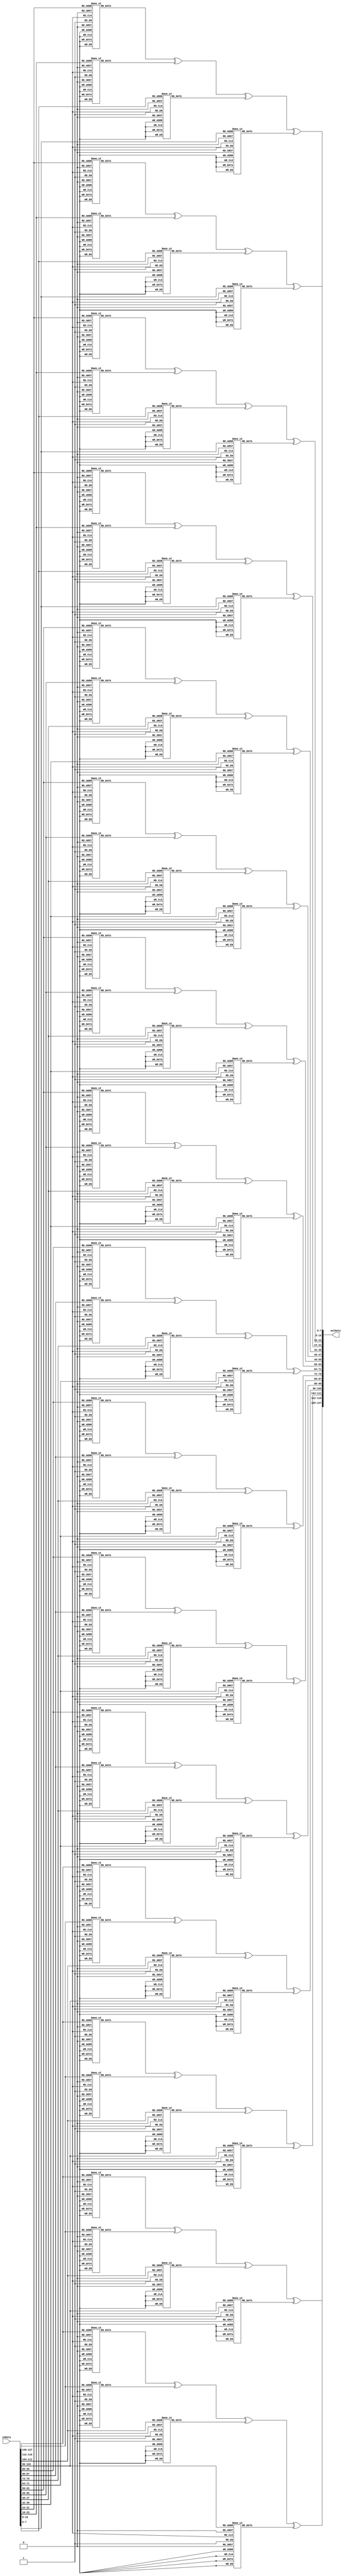
`timescale 1ns / 1ps
//////////////////////////////////////////////////////////////////////////////////
// 
// Module Name:  InvMixColumns
// Project Name: AES128
//
// Revision: 
// Revision 0.01 - File Created
// Additional Comments: 
//
//Step 1) Takes input of an 128 bit number, inData
//Step 2) Performs matrix multiplication with the inverse matrix counterpart to MixColumns
//Step 3) Calls the mult functio when the matrices are expanded, as we need to account for 
//Step 4) Returns it as outData
//////////////////////////////////////////////////////////////////////////////////
module InvMixColumns(
	 input [127:0] inData,
	 output [127:0] outData
    );
	 
	 wire [7:0] s0,s1,s2,s3,s4,s5,s6,s7,s8,s9,s10,s11,s12,s13,s14,s15;
	 reg [7:0] t0,t1,t2,t3,t4,t5,t6,t7,t8,t9,t10,t11,t12,t13,t14,t15;
	 
	 //assigning variables to inputs
	 assign s0 = inData[7:0];
	 assign s1 = inData[15:8];
	 assign s2 = inData[23:16];
	 assign s3 = inData[31:24];
	 assign s4 = inData[39:32];
	 assign s5 = inData[47:40];
	 assign s6 = inData[55:48];
	 assign s7 = inData[63:56];
	 assign s8 = inData[71:64];
	 assign s9 = inData[79:72];
	 assign s10 = inData[87:80];
	 assign s11 = inData[95:88];
	 assign s12 = inData[103:96];
	 assign s13 = inData[111:104];
	 assign s14 = inData[119:112];
	 assign s15 = inData[127:120];
	 
	 
	 //Step 2
	 //Performs matrix multiplication with the inverse matrix counterpart to MixColumns
	 always @(*)
	 begin
		  t15 = decmult(s15,14) ^ decmult(s14,11) ^ decmult(s13,13) ^ decmult(s12,9);
		  t14 = decmult(s15,9) ^ decmult(s14,14) ^ decmult(s13,11) ^ decmult(s12,13);
		  t13 = decmult(s15,13) ^ decmult(s14,9) ^ decmult(s13,14) ^ decmult(s12,11);
		  t12 = decmult(s15,11) ^ decmult(s14,13) ^ decmult(s13,9) ^ decmult(s12,14);
		  
		  t11 = decmult(s11,14) ^ decmult(s10,11) ^ decmult(s9,13) ^ decmult(s8,9);
		  t10 = decmult(s11,9) ^ decmult(s10,14) ^ decmult(s9,11) ^ decmult(s8,13);
		  t9 = decmult(s11,13) ^ decmult(s10,9) ^ decmult(s9,14) ^ decmult(s8,11);
		  t8 = decmult(s11,11) ^ decmult(s10,13) ^ decmult(s9,9) ^ decmult(s8,14);
		  
		  t7 = decmult(s7,14) ^ decmult(s6,11) ^ decmult(s5,13) ^ decmult(s4,9);
		  t6 = decmult(s7,9) ^ decmult(s6,14) ^ decmult(s5,11) ^ decmult(s4,13);
		  t5 = decmult(s7,13) ^ decmult(s6,9) ^ decmult(s5,14) ^ decmult(s4,11);
		  t4 = decmult(s7,11) ^ decmult(s6,13) ^ decmult(s5,9) ^ decmult(s4,14);
		  
		  t3 = decmult(s3,14) ^ decmult(s2,11) ^ decmult(s1,13) ^ decmult(s0,9);
		  t2 = decmult(s3,9) ^ decmult(s2,14) ^ decmult(s1,11) ^ decmult(s0,13);
		  t1 = decmult(s3,13) ^ decmult(s2,9) ^ decmult(s1,14) ^ decmult(s0,11);
		  t0 = decmult(s3,11) ^ decmult(s2,13) ^ decmult(s1,9) ^ decmult(s0,14);
	 end
	 
	 //assigns the individual t variables to the output variable
	 assign outData[7:0] = t0;
	 assign outData[15:8] = t1;
	 assign outData[23:16] = t2;
	 assign outData[31:24] = t3;
	 assign outData[39:32] = t4;
	 assign outData[47:40] = t5;
	 assign outData[55:48] = t6;
	 assign outData[63:56] = t7;
	 assign outData[71:64] = t8;
	 assign outData[79:72] = t9;
	 assign outData[87:80] = t10;
	 assign outData[95:88] = t11;
	 assign outData[103:96] = t12;
	 assign outData[111:104] = t13;
	 assign outData[119:112] = t14;
	 assign outData[127:120] = t15;
	 
	 //we utilise long case statements in functions to perform the matrix multiplications as the calculations would take signifcantly more calculations
	 function [7:0] decmult(input[7:0] num1,num2);
		  case(num2)
				8'h09: decmult=decmult_9(num1);
				8'h0b: decmult=decmult_11(num1);
				8'h0d: decmult=decmult_13(num1);
				8'h0e: decmult=decmult_14(num1);
		  endcase
	 endfunction
	 
	 //function holding case statement multiply by 9
	 function [7:0] decmult_9(input [7:0] num);
		  case (num)
				8'h00: decmult_9 = 8'h00;
				8'h01: decmult_9 = 8'h09;
				8'h02: decmult_9 = 8'h12;
				8'h03: decmult_9 = 8'h1B;
				8'h04: decmult_9 = 8'h24;
				8'h05: decmult_9 = 8'h2D;
				8'h06: decmult_9 = 8'h36;
				8'h07: decmult_9 = 8'h3F;
				8'h08: decmult_9 = 8'h48;
				8'h09: decmult_9 = 8'h41;
				8'h0A: decmult_9 = 8'h5A;
				8'h0B: decmult_9 = 8'h53;
				8'h0C: decmult_9 = 8'h6C;
				8'h0D: decmult_9 = 8'h65;
				8'h0E: decmult_9 = 8'h7E;
				8'h0F: decmult_9 = 8'h77;
				8'h10: decmult_9 = 8'h90;
				8'h11: decmult_9 = 8'h99;
				8'h12: decmult_9 = 8'h82;
				8'h13: decmult_9 = 8'h8B;
				8'h14: decmult_9 = 8'hB4;
				8'h15: decmult_9 = 8'hBD;
				8'h16: decmult_9 = 8'hA6;
				8'h17: decmult_9 = 8'hAF;
				8'h18: decmult_9 = 8'hD8;
				8'h19: decmult_9 = 8'hD1;
				8'h1A: decmult_9 = 8'hCA;
				8'h1B: decmult_9 = 8'hC3;
				8'h1C: decmult_9 = 8'hFC;
				8'h1D: decmult_9 = 8'hF5;
				8'h1E: decmult_9 = 8'hEE;
				8'h1F: decmult_9 = 8'hE7;
				8'h20: decmult_9 = 8'h3B;
				8'h21: decmult_9 = 8'h32;
				8'h22: decmult_9 = 8'h29;
				8'h23: decmult_9 = 8'h20;
				8'h24: decmult_9 = 8'h1F;
				8'h25: decmult_9 = 8'h16;
				8'h26: decmult_9 = 8'h0D;
				8'h27: decmult_9 = 8'h04;
				8'h28: decmult_9 = 8'h73;
				8'h29: decmult_9 = 8'h7A;
				8'h2A: decmult_9 = 8'h61;
				8'h2B: decmult_9 = 8'h68;
				8'h2C: decmult_9 = 8'h57;
				8'h2D: decmult_9 = 8'h5E;
				8'h2E: decmult_9 = 8'h45;
				8'h2F: decmult_9 = 8'h4C;
				8'h30: decmult_9 = 8'hAB;
				8'h31: decmult_9 = 8'hA2;
				8'h32: decmult_9 = 8'hB9;
				8'h33: decmult_9 = 8'hB0;
				8'h34: decmult_9 = 8'h8F;
				8'h35: decmult_9 = 8'h86;
				8'h36: decmult_9 = 8'h9D;
				8'h37: decmult_9 = 8'h94;
				8'h38: decmult_9 = 8'hE3;
				8'h39: decmult_9 = 8'hEA;
				8'h3A: decmult_9 = 8'hF1;
				8'h3B: decmult_9 = 8'hF8;
				8'h3C: decmult_9 = 8'hC7;
				8'h3D: decmult_9 = 8'hCE;
				8'h3E: decmult_9 = 8'hD5;
				8'h3F: decmult_9 = 8'hDC;
				8'h40: decmult_9 = 8'h76;
				8'h41: decmult_9 = 8'h7F;
				8'h42: decmult_9 = 8'h64;
				8'h43: decmult_9 = 8'h6D;
				8'h44: decmult_9 = 8'h52;
				8'h45: decmult_9 = 8'h5B;
				8'h46: decmult_9 = 8'h40;
				8'h47: decmult_9 = 8'h49;
				8'h48: decmult_9 = 8'h3E;
				8'h49: decmult_9 = 8'h37;
				8'h4A: decmult_9 = 8'h2C;
				8'h4B: decmult_9 = 8'h25;
				8'h4C: decmult_9 = 8'h1A;
				8'h4D: decmult_9 = 8'h13;
				8'h4E: decmult_9 = 8'h08;
				8'h4F: decmult_9 = 8'h01;
				8'h50: decmult_9 = 8'hE6;
				8'h51: decmult_9 = 8'hEF;
				8'h52: decmult_9 = 8'hF4;
				8'h53: decmult_9 = 8'hFD;
				8'h54: decmult_9 = 8'hC2;
				8'h55: decmult_9 = 8'hCB;
				8'h56: decmult_9 = 8'hD0;
				8'h57: decmult_9 = 8'hD9;
				8'h58: decmult_9 = 8'hAE;
				8'h59: decmult_9 = 8'hA7;
				8'h5A: decmult_9 = 8'hBC;
				8'h5B: decmult_9 = 8'hB5;
				8'h5C: decmult_9 = 8'h8A;
				8'h5D: decmult_9 = 8'h83;
				8'h5E: decmult_9 = 8'h98;
				8'h5F: decmult_9 = 8'h91;
				8'h60: decmult_9 = 8'h4D;
				8'h61: decmult_9 = 8'h44;
				8'h62: decmult_9 = 8'h5F;
				8'h63: decmult_9 = 8'h56;
				8'h64: decmult_9 = 8'h69;
				8'h65: decmult_9 = 8'h60;
				8'h66: decmult_9 = 8'h7B;
				8'h67: decmult_9 = 8'h72;
				8'h68: decmult_9 = 8'h05;
				8'h69: decmult_9 = 8'h0C;
				8'h6A: decmult_9 = 8'h17;
				8'h6B: decmult_9 = 8'h1E;
				8'h6C: decmult_9 = 8'h21;
				8'h6D: decmult_9 = 8'h28;
				8'h6E: decmult_9 = 8'h33;
				8'h6F: decmult_9 = 8'h3A;
				8'h70: decmult_9 = 8'hDD;
				8'h71: decmult_9 = 8'hD4;
				8'h72: decmult_9 = 8'hCF;
				8'h73: decmult_9 = 8'hC6;
				8'h74: decmult_9 = 8'hF9;
				8'h75: decmult_9 = 8'hF0;
				8'h76: decmult_9 = 8'hEB;
				8'h77: decmult_9 = 8'hE2;
				8'h78: decmult_9 = 8'h95;
				8'h79: decmult_9 = 8'h9C;
				8'h7A: decmult_9 = 8'h87;
				8'h7B: decmult_9 = 8'h8E;
				8'h7C: decmult_9 = 8'hB1;
				8'h7D: decmult_9 = 8'hB8;
				8'h7E: decmult_9 = 8'hA3;
				8'h7F: decmult_9 = 8'hAA;
				8'h80: decmult_9 = 8'hEC;
				8'h81: decmult_9 = 8'hE5;
				8'h82: decmult_9 = 8'hFE;
				8'h83: decmult_9 = 8'hF7;
				8'h84: decmult_9 = 8'hC8;
				8'h85: decmult_9 = 8'hC1;
				8'h86: decmult_9 = 8'hDA;
				8'h87: decmult_9 = 8'hD3;
				8'h88: decmult_9 = 8'hA4;
				8'h89: decmult_9 = 8'hAD;
				8'h8A: decmult_9 = 8'hB6;
				8'h8B: decmult_9 = 8'hBF;
				8'h8C: decmult_9 = 8'h80;
				8'h8D: decmult_9 = 8'h89;
				8'h8E: decmult_9 = 8'h92;
				8'h8F: decmult_9 = 8'h9B;
				8'h90: decmult_9 = 8'h7C;
				8'h91: decmult_9 = 8'h75;
				8'h92: decmult_9 = 8'h6E;
				8'h93: decmult_9 = 8'h67;
				8'h94: decmult_9 = 8'h58;
				8'h95: decmult_9 = 8'h51;
				8'h96: decmult_9 = 8'h4A;
				8'h97: decmult_9 = 8'h43;
				8'h98: decmult_9 = 8'h34;
				8'h99: decmult_9 = 8'h3D;
				8'h9A: decmult_9 = 8'h26;
				8'h9B: decmult_9 = 8'h2F;
				8'h9C: decmult_9 = 8'h10;
				8'h9D: decmult_9 = 8'h19;
				8'h9E: decmult_9 = 8'h02;
				8'h9F: decmult_9 = 8'h0B;
				8'hA0: decmult_9 = 8'hD7;
				8'hA1: decmult_9 = 8'hDE;
				8'hA2: decmult_9 = 8'hC5;
				8'hA3: decmult_9 = 8'hCC;
				8'hA4: decmult_9 = 8'hF3;
				8'hA5: decmult_9 = 8'hFA;
				8'hA6: decmult_9 = 8'hE1;
				8'hA7: decmult_9 = 8'hE8;
				8'hA8: decmult_9 = 8'h9F;
				8'hA9: decmult_9 = 8'h96;
				8'hAA: decmult_9 = 8'h8D;
				8'hAB: decmult_9 = 8'h84;
				8'hAC: decmult_9 = 8'hBB;
				8'hAD: decmult_9 = 8'hB2;
				8'hAE: decmult_9 = 8'hA9;
				8'hAF: decmult_9 = 8'hA0;
				8'hB0: decmult_9 = 8'h47;
				8'hB1: decmult_9 = 8'h4E;
				8'hB2: decmult_9 = 8'h55;
				8'hB3: decmult_9 = 8'h5C;
				8'hB4: decmult_9 = 8'h63;
				8'hB5: decmult_9 = 8'h6A;
				8'hB6: decmult_9 = 8'h71;
				8'hB7: decmult_9 = 8'h78;
				8'hB8: decmult_9 = 8'h0F;
				8'hB9: decmult_9 = 8'h06;
				8'hBA: decmult_9 = 8'h1D;
				8'hBB: decmult_9 = 8'h14;
				8'hBC: decmult_9 = 8'h2B;
				8'hBD: decmult_9 = 8'h22;
				8'hBE: decmult_9 = 8'h39;
				8'hBF: decmult_9 = 8'h30;
				8'hC0: decmult_9 = 8'h9A;
				8'hC1: decmult_9 = 8'h93;
				8'hC2: decmult_9 = 8'h88;
				8'hC3: decmult_9 = 8'h81;
				8'hC4: decmult_9 = 8'hBE;
				8'hC5: decmult_9 = 8'hB7;
				8'hC6: decmult_9 = 8'hAC;
				8'hC7: decmult_9 = 8'hA5;
				8'hC8: decmult_9 = 8'hD2;
				8'hC9: decmult_9 = 8'hDB;
				8'hCA: decmult_9 = 8'hC0;
				8'hCB: decmult_9 = 8'hC9;
				8'hCC: decmult_9 = 8'hF6;
				8'hCD: decmult_9 = 8'hFF;
				8'hCE: decmult_9 = 8'hE4;
				8'hCF: decmult_9 = 8'hED;
				8'hD0: decmult_9 = 8'h0A;
				8'hD1: decmult_9 = 8'h03;
				8'hD2: decmult_9 = 8'h18;
				8'hD3: decmult_9 = 8'h11;
				8'hD4: decmult_9 = 8'h2E;
				8'hD5: decmult_9 = 8'h27;
				8'hD6: decmult_9 = 8'h3C;
				8'hD7: decmult_9 = 8'h35;
				8'hD8: decmult_9 = 8'h42;
				8'hD9: decmult_9 = 8'h4B;
				8'hDA: decmult_9 = 8'h50;
				8'hDB: decmult_9 = 8'h59;
				8'hDC: decmult_9 = 8'h66;
				8'hDD: decmult_9 = 8'h6F;
				8'hDE: decmult_9 = 8'h74;
				8'hDF: decmult_9 = 8'h7D;
				8'hE0: decmult_9 = 8'hA1;
				8'hE1: decmult_9 = 8'hA8;
				8'hE2: decmult_9 = 8'hB3;
				8'hE3: decmult_9 = 8'hBA;
				8'hE4: decmult_9 = 8'h85;
				8'hE5: decmult_9 = 8'h8C;
				8'hE6: decmult_9 = 8'h97;
				8'hE7: decmult_9 = 8'h9E;
				8'hE8: decmult_9 = 8'hE9;
				8'hE9: decmult_9 = 8'hE0;
				8'hEA: decmult_9 = 8'hFB;
				8'hEB: decmult_9 = 8'hF2;
				8'hEC: decmult_9 = 8'hCD;
				8'hED: decmult_9 = 8'hC4;
				8'hEE: decmult_9 = 8'hDF;
				8'hEF: decmult_9 = 8'hD6;
				8'hF0: decmult_9 = 8'h31;
				8'hF1: decmult_9 = 8'h38;
				8'hF2: decmult_9 = 8'h23;
				8'hF3: decmult_9 = 8'h2A;
				8'hF4: decmult_9 = 8'h15;
				8'hF5: decmult_9 = 8'h1C;
				8'hF6: decmult_9 = 8'h07;
				8'hF7: decmult_9 = 8'h0E;
				8'hF8: decmult_9 = 8'h79;
				8'hF9: decmult_9 = 8'h70;
				8'hFA: decmult_9 = 8'h6B;
				8'hFB: decmult_9 = 8'h62;
				8'hFC: decmult_9 = 8'h5D;
				8'hFD: decmult_9 = 8'h54;
				8'hFE: decmult_9 = 8'h4F;
				8'hFF: decmult_9 = 8'h46;
		  endcase
	 endfunction
	 
	 //function holding case statement multiply by 11
	 function [7:0] decmult_11(input [7:0] num);
		  case (num)
				8'h00: decmult_11 = 8'h00;
				8'h01: decmult_11 = 8'h0B;
				8'h02: decmult_11 = 8'h16;
				8'h03: decmult_11 = 8'h1D;
				8'h04: decmult_11 = 8'h2C;
				8'h05: decmult_11 = 8'h27;
				8'h06: decmult_11 = 8'h3A;
				8'h07: decmult_11 = 8'h31;
				8'h08: decmult_11 = 8'h58;
				8'h09: decmult_11 = 8'h53;
				8'h0A: decmult_11 = 8'h4E;
				8'h0B: decmult_11 = 8'h45;
				8'h0C: decmult_11 = 8'h74;
				8'h0D: decmult_11 = 8'h7F;
				8'h0E: decmult_11 = 8'h62;
				8'h0F: decmult_11 = 8'h69;
				8'h10: decmult_11 = 8'hB0;
				8'h11: decmult_11 = 8'hBB;
				8'h12: decmult_11 = 8'hA6;
				8'h13: decmult_11 = 8'hAD;
				8'h14: decmult_11 = 8'h9C;
				8'h15: decmult_11 = 8'h97;
				8'h16: decmult_11 = 8'h8A;
				8'h17: decmult_11 = 8'h81;
				8'h18: decmult_11 = 8'hE8;
				8'h19: decmult_11 = 8'hE3;
				8'h1A: decmult_11 = 8'hFE;
				8'h1B: decmult_11 = 8'hF5;
				8'h1C: decmult_11 = 8'hC4;
				8'h1D: decmult_11 = 8'hCF;
				8'h1E: decmult_11 = 8'hD2;
				8'h1F: decmult_11 = 8'hD9;
				8'h20: decmult_11 = 8'h7B;
				8'h21: decmult_11 = 8'h70;
				8'h22: decmult_11 = 8'h6D;
				8'h23: decmult_11 = 8'h66;
				8'h24: decmult_11 = 8'h57;
				8'h25: decmult_11 = 8'h5C;
				8'h26: decmult_11 = 8'h41;
				8'h27: decmult_11 = 8'h4A;
				8'h28: decmult_11 = 8'h23;
				8'h29: decmult_11 = 8'h28;
				8'h2A: decmult_11 = 8'h35;
				8'h2B: decmult_11 = 8'h3E;
				8'h2C: decmult_11 = 8'h0F;
				8'h2D: decmult_11 = 8'h04;
				8'h2E: decmult_11 = 8'h19;
				8'h2F: decmult_11 = 8'h12;
				8'h30: decmult_11 = 8'hCB;
				8'h31: decmult_11 = 8'hC0;
				8'h32: decmult_11 = 8'hDD;
				8'h33: decmult_11 = 8'hD6;
				8'h34: decmult_11 = 8'hE7;
				8'h35: decmult_11 = 8'hEC;
				8'h36: decmult_11 = 8'hF1;
				8'h37: decmult_11 = 8'hFA;
				8'h38: decmult_11 = 8'h93;
				8'h39: decmult_11 = 8'h98;
				8'h3A: decmult_11 = 8'h85;
				8'h3B: decmult_11 = 8'h8E;
				8'h3C: decmult_11 = 8'hBF;
				8'h3D: decmult_11 = 8'hB4;
				8'h3E: decmult_11 = 8'hA9;
				8'h3F: decmult_11 = 8'hA2;
				8'h40: decmult_11 = 8'hF6;
				8'h41: decmult_11 = 8'hFD;
				8'h42: decmult_11 = 8'hE0;
				8'h43: decmult_11 = 8'hEB;
				8'h44: decmult_11 = 8'hDA;
				8'h45: decmult_11 = 8'hD1;
				8'h46: decmult_11 = 8'hCC;
				8'h47: decmult_11 = 8'hC7;
				8'h48: decmult_11 = 8'hAE;
				8'h49: decmult_11 = 8'hA5;
				8'h4A: decmult_11 = 8'hB8;
				8'h4B: decmult_11 = 8'hB3;
				8'h4C: decmult_11 = 8'h82;
				8'h4D: decmult_11 = 8'h89;
				8'h4E: decmult_11 = 8'h94;
				8'h4F: decmult_11 = 8'h9F;
				8'h50: decmult_11 = 8'h46;
				8'h51: decmult_11 = 8'h4D;
				8'h52: decmult_11 = 8'h50;
				8'h53: decmult_11 = 8'h5B;
				8'h54: decmult_11 = 8'h6A;
				8'h55: decmult_11 = 8'h61;
				8'h56: decmult_11 = 8'h7C;
				8'h57: decmult_11 = 8'h77;
				8'h58: decmult_11 = 8'h1E;
				8'h59: decmult_11 = 8'h15;
				8'h5A: decmult_11 = 8'h08;
				8'h5B: decmult_11 = 8'h03;
				8'h5C: decmult_11 = 8'h32;
				8'h5D: decmult_11 = 8'h39;
				8'h5E: decmult_11 = 8'h24;
				8'h5F: decmult_11 = 8'h2F;
				8'h60: decmult_11 = 8'h8D;
				8'h61: decmult_11 = 8'h86;
				8'h62: decmult_11 = 8'h9B;
				8'h63: decmult_11 = 8'h90;
				8'h64: decmult_11 = 8'hA1;
				8'h65: decmult_11 = 8'hAA;
				8'h66: decmult_11 = 8'hB7;
				8'h67: decmult_11 = 8'hBC;
				8'h68: decmult_11 = 8'hD5;
				8'h69: decmult_11 = 8'hDE;
				8'h6A: decmult_11 = 8'hC3;
				8'h6B: decmult_11 = 8'hC8;
				8'h6C: decmult_11 = 8'hF9;
				8'h6D: decmult_11 = 8'hF2;
				8'h6E: decmult_11 = 8'hEF;
				8'h6F: decmult_11 = 8'hE4;
				8'h70: decmult_11 = 8'h3D;
				8'h71: decmult_11 = 8'h36;
				8'h72: decmult_11 = 8'h2B;
				8'h73: decmult_11 = 8'h20;
				8'h74: decmult_11 = 8'h11;
				8'h75: decmult_11 = 8'h1A;
				8'h76: decmult_11 = 8'h07;
				8'h77: decmult_11 = 8'h0C;
				8'h78: decmult_11 = 8'h65;
				8'h79: decmult_11 = 8'h6E;
				8'h7A: decmult_11 = 8'h73;
				8'h7B: decmult_11 = 8'h78;
				8'h7C: decmult_11 = 8'h49;
				8'h7D: decmult_11 = 8'h42;
				8'h7E: decmult_11 = 8'h5F;
				8'h7F: decmult_11 = 8'h54;
				8'h80: decmult_11 = 8'hF7;
				8'h81: decmult_11 = 8'hFC;
				8'h82: decmult_11 = 8'hE1;
				8'h83: decmult_11 = 8'hEA;
				8'h84: decmult_11 = 8'hDB;
				8'h85: decmult_11 = 8'hD0;
				8'h86: decmult_11 = 8'hCD;
				8'h87: decmult_11 = 8'hC6;
				8'h88: decmult_11 = 8'hAF;
				8'h89: decmult_11 = 8'hA4;
				8'h8A: decmult_11 = 8'hB9;
				8'h8B: decmult_11 = 8'hB2;
				8'h8C: decmult_11 = 8'h83;
				8'h8D: decmult_11 = 8'h88;
				8'h8E: decmult_11 = 8'h95;
				8'h8F: decmult_11 = 8'h9E;
				8'h90: decmult_11 = 8'h47;
				8'h91: decmult_11 = 8'h4C;
				8'h92: decmult_11 = 8'h51;
				8'h93: decmult_11 = 8'h5A;
				8'h94: decmult_11 = 8'h6B;
				8'h95: decmult_11 = 8'h60;
				8'h96: decmult_11 = 8'h7D;
				8'h97: decmult_11 = 8'h76;
				8'h98: decmult_11 = 8'h1F;
				8'h99: decmult_11 = 8'h14;
				8'h9A: decmult_11 = 8'h09;
				8'h9B: decmult_11 = 8'h02;
				8'h9C: decmult_11 = 8'h33;
				8'h9D: decmult_11 = 8'h38;
				8'h9E: decmult_11 = 8'h25;
				8'h9F: decmult_11 = 8'h2E;
				8'hA0: decmult_11 = 8'h8C;
				8'hA1: decmult_11 = 8'h87;
				8'hA2: decmult_11 = 8'h9A;
				8'hA3: decmult_11 = 8'h91;
				8'hA4: decmult_11 = 8'hA0;
				8'hA5: decmult_11 = 8'hAB;
				8'hA6: decmult_11 = 8'hB6;
				8'hA7: decmult_11 = 8'hBD;
				8'hA8: decmult_11 = 8'hD4;
				8'hA9: decmult_11 = 8'hDF;
				8'hAA: decmult_11 = 8'hC2;
				8'hAB: decmult_11 = 8'hC9;
				8'hAC: decmult_11 = 8'hF8;
				8'hAD: decmult_11 = 8'hF3;
				8'hAE: decmult_11 = 8'hEE;
				8'hAF: decmult_11 = 8'hE5;
				8'hB0: decmult_11 = 8'h3C;
				8'hB1: decmult_11 = 8'h37;
				8'hB2: decmult_11 = 8'h2A;
				8'hB3: decmult_11 = 8'h21;
				8'hB4: decmult_11 = 8'h10;
				8'hB5: decmult_11 = 8'h1B;
				8'hB6: decmult_11 = 8'h06;
				8'hB7: decmult_11 = 8'h0D;
				8'hB8: decmult_11 = 8'h64;
				8'hB9: decmult_11 = 8'h6F;
				8'hBA: decmult_11 = 8'h72;
				8'hBB: decmult_11 = 8'h79;
				8'hBC: decmult_11 = 8'h48;
				8'hBD: decmult_11 = 8'h43;
				8'hBE: decmult_11 = 8'h5E;
				8'hBF: decmult_11 = 8'h55;
				8'hC0: decmult_11 = 8'h01;
				8'hC1: decmult_11 = 8'h0A;
				8'hC2: decmult_11 = 8'h17;
				8'hC3: decmult_11 = 8'h1C;
				8'hC4: decmult_11 = 8'h2D;
				8'hC5: decmult_11 = 8'h26;
				8'hC6: decmult_11 = 8'h3B;
				8'hC7: decmult_11 = 8'h30;
				8'hC8: decmult_11 = 8'h59;
				8'hC9: decmult_11 = 8'h52;
				8'hCA: decmult_11 = 8'h4F;
				8'hCB: decmult_11 = 8'h44;
				8'hCC: decmult_11 = 8'h75;
				8'hCD: decmult_11 = 8'h7E;
				8'hCE: decmult_11 = 8'h63;
				8'hCF: decmult_11 = 8'h68;
				8'hD0: decmult_11 = 8'hB1;
				8'hD1: decmult_11 = 8'hBA;
				8'hD2: decmult_11 = 8'hA7;
				8'hD3: decmult_11 = 8'hAC;
				8'hD4: decmult_11 = 8'h9D;
				8'hD5: decmult_11 = 8'h96;
				8'hD6: decmult_11 = 8'h8B;
				8'hD7: decmult_11 = 8'h80;
				8'hD8: decmult_11 = 8'hE9;
				8'hD9: decmult_11 = 8'hE2;
				8'hDA: decmult_11 = 8'hFF;
				8'hDB: decmult_11 = 8'hF4;
				8'hDC: decmult_11 = 8'hC5;
				8'hDD: decmult_11 = 8'hCE;
				8'hDE: decmult_11 = 8'hD3;
				8'hDF: decmult_11 = 8'hD8;
				8'hE0: decmult_11 = 8'h7A;
				8'hE1: decmult_11 = 8'h71;
				8'hE2: decmult_11 = 8'h6C;
				8'hE3: decmult_11 = 8'h67;
				8'hE4: decmult_11 = 8'h56;
				8'hE5: decmult_11 = 8'h5D;
				8'hE6: decmult_11 = 8'h40;
				8'hE7: decmult_11 = 8'h4B;
				8'hE8: decmult_11 = 8'h22;
				8'hE9: decmult_11 = 8'h29;
				8'hEA: decmult_11 = 8'h34;
				8'hEB: decmult_11 = 8'h3F;
				8'hEC: decmult_11 = 8'h0E;
				8'hED: decmult_11 = 8'h05;
				8'hEE: decmult_11 = 8'h18;
				8'hEF: decmult_11 = 8'h13;
				8'hF0: decmult_11 = 8'hCA;
				8'hF1: decmult_11 = 8'hC1;
				8'hF2: decmult_11 = 8'hDC;
				8'hF3: decmult_11 = 8'hD7;
				8'hF4: decmult_11 = 8'hE6;
				8'hF5: decmult_11 = 8'hED;
				8'hF6: decmult_11 = 8'hF0;
				8'hF7: decmult_11 = 8'hFB;
				8'hF8: decmult_11 = 8'h92;
				8'hF9: decmult_11 = 8'h99;
				8'hFA: decmult_11 = 8'h84;
				8'hFB: decmult_11 = 8'h8F;
				8'hFC: decmult_11 = 8'hBE;
				8'hFD: decmult_11 = 8'hB5;
				8'hFE: decmult_11 = 8'hA8;
				8'hFF: decmult_11 = 8'hA3;
		  endcase
	 endfunction
	 
	 //function holding case statement multiply by 13
	 function [7:0] decmult_13(input [7:0] num);
		  case (num)
				8'h00: decmult_13 = 8'h00;
				8'h01: decmult_13 = 8'h0D;
				8'h02: decmult_13 = 8'h1A;
				8'h03: decmult_13 = 8'h17;
				8'h04: decmult_13 = 8'h34;
				8'h05: decmult_13 = 8'h39;
				8'h06: decmult_13 = 8'h2E;
				8'h07: decmult_13 = 8'h23;
				8'h08: decmult_13 = 8'h68;
				8'h09: decmult_13 = 8'h65;
				8'h0A: decmult_13 = 8'h72;
				8'h0B: decmult_13 = 8'h7F;
				8'h0C: decmult_13 = 8'h5C;
				8'h0D: decmult_13 = 8'h51;
				8'h0E: decmult_13 = 8'h46;
				8'h0F: decmult_13 = 8'h4B;
				8'h10: decmult_13 = 8'hD0;
				8'h11: decmult_13 = 8'hDD;
				8'h12: decmult_13 = 8'hCA;
				8'h13: decmult_13 = 8'hC7;
				8'h14: decmult_13 = 8'hE4;
				8'h15: decmult_13 = 8'hE9;
				8'h16: decmult_13 = 8'hFE;
				8'h17: decmult_13 = 8'hF3;
				8'h18: decmult_13 = 8'hB8;
				8'h19: decmult_13 = 8'hB5;
				8'h1A: decmult_13 = 8'hA2;
				8'h1B: decmult_13 = 8'hAF;
				8'h1C: decmult_13 = 8'h8C;
				8'h1D: decmult_13 = 8'h81;
				8'h1E: decmult_13 = 8'h96;
				8'h1F: decmult_13 = 8'h9B;
				8'h20: decmult_13 = 8'hBB;
				8'h21: decmult_13 = 8'hB6;
				8'h22: decmult_13 = 8'hA1;
				8'h23: decmult_13 = 8'hAC;
				8'h24: decmult_13 = 8'h8F;
				8'h25: decmult_13 = 8'h82;
				8'h26: decmult_13 = 8'h95;
				8'h27: decmult_13 = 8'h98;
				8'h28: decmult_13 = 8'hD3;
				8'h29: decmult_13 = 8'hDE;
				8'h2A: decmult_13 = 8'hC9;
				8'h2B: decmult_13 = 8'hC4;
				8'h2C: decmult_13 = 8'hE7;
				8'h2D: decmult_13 = 8'hEA;
				8'h2E: decmult_13 = 8'hFD;
				8'h2F: decmult_13 = 8'hF0;
				8'h30: decmult_13 = 8'h6B;
				8'h31: decmult_13 = 8'h66;
				8'h32: decmult_13 = 8'h71;
				8'h33: decmult_13 = 8'h7C;
				8'h34: decmult_13 = 8'h5F;
				8'h35: decmult_13 = 8'h52;
				8'h36: decmult_13 = 8'h45;
				8'h37: decmult_13 = 8'h48;
				8'h38: decmult_13 = 8'h03;
				8'h39: decmult_13 = 8'h0E;
				8'h3A: decmult_13 = 8'h19;
				8'h3B: decmult_13 = 8'h14;
				8'h3C: decmult_13 = 8'h37;
				8'h3D: decmult_13 = 8'h3A;
				8'h3E: decmult_13 = 8'h2D;
				8'h3F: decmult_13 = 8'h20;
				8'h40: decmult_13 = 8'h6D;
				8'h41: decmult_13 = 8'h60;
				8'h42: decmult_13 = 8'h77;
				8'h43: decmult_13 = 8'h7A;
				8'h44: decmult_13 = 8'h59;
				8'h45: decmult_13 = 8'h54;
				8'h46: decmult_13 = 8'h43;
				8'h47: decmult_13 = 8'h4E;
				8'h48: decmult_13 = 8'h05;
				8'h49: decmult_13 = 8'h08;
				8'h4A: decmult_13 = 8'h1F;
				8'h4B: decmult_13 = 8'h12;
				8'h4C: decmult_13 = 8'h31;
				8'h4D: decmult_13 = 8'h3C;
				8'h4E: decmult_13 = 8'h2B;
				8'h4F: decmult_13 = 8'h26;
				8'h50: decmult_13 = 8'hBD;
				8'h51: decmult_13 = 8'hB0;
				8'h52: decmult_13 = 8'hA7;
				8'h53: decmult_13 = 8'hAA;
				8'h54: decmult_13 = 8'h89;
				8'h55: decmult_13 = 8'h84;
				8'h56: decmult_13 = 8'h93;
				8'h57: decmult_13 = 8'h9E;
				8'h58: decmult_13 = 8'hD5;
				8'h59: decmult_13 = 8'hD8;
				8'h5A: decmult_13 = 8'hCF;
				8'h5B: decmult_13 = 8'hC2;
				8'h5C: decmult_13 = 8'hE1;
				8'h5D: decmult_13 = 8'hEC;
				8'h5E: decmult_13 = 8'hFB;
				8'h5F: decmult_13 = 8'hF6;
				8'h60: decmult_13 = 8'hD6;
				8'h61: decmult_13 = 8'hDB;
				8'h62: decmult_13 = 8'hCC;
				8'h63: decmult_13 = 8'hC1;
				8'h64: decmult_13 = 8'hE2;
				8'h65: decmult_13 = 8'hEF;
				8'h66: decmult_13 = 8'hF8;
				8'h67: decmult_13 = 8'hF5;
				8'h68: decmult_13 = 8'hBE;
				8'h69: decmult_13 = 8'hB3;
				8'h6A: decmult_13 = 8'hA4;
				8'h6B: decmult_13 = 8'hA9;
				8'h6C: decmult_13 = 8'h8A;
				8'h6D: decmult_13 = 8'h87;
				8'h6E: decmult_13 = 8'h90;
				8'h6F: decmult_13 = 8'h9D;
				8'h70: decmult_13 = 8'h06;
				8'h71: decmult_13 = 8'h0B;
				8'h72: decmult_13 = 8'h1C;
				8'h73: decmult_13 = 8'h11;
				8'h74: decmult_13 = 8'h32;
				8'h75: decmult_13 = 8'h3F;
				8'h76: decmult_13 = 8'h28;
				8'h77: decmult_13 = 8'h25;
				8'h78: decmult_13 = 8'h6E;
				8'h79: decmult_13 = 8'h63;
				8'h7A: decmult_13 = 8'h74;
				8'h7B: decmult_13 = 8'h79;
				8'h7C: decmult_13 = 8'h5A;
				8'h7D: decmult_13 = 8'h57;
				8'h7E: decmult_13 = 8'h40;
				8'h7F: decmult_13 = 8'h4D;
				8'h80: decmult_13 = 8'hDA;
				8'h81: decmult_13 = 8'hD7;
				8'h82: decmult_13 = 8'hC0;
				8'h83: decmult_13 = 8'hCD;
				8'h84: decmult_13 = 8'hEE;
				8'h85: decmult_13 = 8'hE3;
				8'h86: decmult_13 = 8'hF4;
				8'h87: decmult_13 = 8'hF9;
				8'h88: decmult_13 = 8'hB2;
				8'h89: decmult_13 = 8'hBF;
				8'h8A: decmult_13 = 8'hA8;
				8'h8B: decmult_13 = 8'hA5;
				8'h8C: decmult_13 = 8'h86;
				8'h8D: decmult_13 = 8'h8B;
				8'h8E: decmult_13 = 8'h9C;
				8'h8F: decmult_13 = 8'h91;
				8'h90: decmult_13 = 8'h0A;
				8'h91: decmult_13 = 8'h07;
				8'h92: decmult_13 = 8'h10;
				8'h93: decmult_13 = 8'h1D;
				8'h94: decmult_13 = 8'h3E;
				8'h95: decmult_13 = 8'h33;
				8'h96: decmult_13 = 8'h24;
				8'h97: decmult_13 = 8'h29;
				8'h98: decmult_13 = 8'h62;
				8'h99: decmult_13 = 8'h6F;
				8'h9A: decmult_13 = 8'h78;
				8'h9B: decmult_13 = 8'h75;
				8'h9C: decmult_13 = 8'h56;
				8'h9D: decmult_13 = 8'h5B;
				8'h9E: decmult_13 = 8'h4C;
				8'h9F: decmult_13 = 8'h41;
				8'hA0: decmult_13 = 8'h61;
				8'hA1: decmult_13 = 8'h6C;
				8'hA2: decmult_13 = 8'h7B;
				8'hA3: decmult_13 = 8'h76;
				8'hA4: decmult_13 = 8'h55;
				8'hA5: decmult_13 = 8'h58;
				8'hA6: decmult_13 = 8'h4F;
				8'hA7: decmult_13 = 8'h42;
				8'hA8: decmult_13 = 8'h09;
				8'hA9: decmult_13 = 8'h04;
				8'hAA: decmult_13 = 8'h13;
				8'hAB: decmult_13 = 8'h1E;
				8'hAC: decmult_13 = 8'h3D;
				8'hAD: decmult_13 = 8'h30;
				8'hAE: decmult_13 = 8'h27;
				8'hAF: decmult_13 = 8'h2A;
				8'hB0: decmult_13 = 8'hB1;
				8'hB1: decmult_13 = 8'hBC;
				8'hB2: decmult_13 = 8'hAB;
				8'hB3: decmult_13 = 8'hA6;
				8'hB4: decmult_13 = 8'h85;
				8'hB5: decmult_13 = 8'h88;
				8'hB6: decmult_13 = 8'h9F;
				8'hB7: decmult_13 = 8'h92;
				8'hB8: decmult_13 = 8'hD9;
				8'hB9: decmult_13 = 8'hD4;
				8'hBA: decmult_13 = 8'hC3;
				8'hBB: decmult_13 = 8'hCE;
				8'hBC: decmult_13 = 8'hED;
				8'hBD: decmult_13 = 8'hE0;
				8'hBE: decmult_13 = 8'hF7;
				8'hBF: decmult_13 = 8'hFA;
				8'hC0: decmult_13 = 8'hB7;
				8'hC1: decmult_13 = 8'hBA;
				8'hC2: decmult_13 = 8'hAD;
				8'hC3: decmult_13 = 8'hA0;
				8'hC4: decmult_13 = 8'h83;
				8'hC5: decmult_13 = 8'h8E;
				8'hC6: decmult_13 = 8'h99;
				8'hC7: decmult_13 = 8'h94;
				8'hC8: decmult_13 = 8'hDF;
				8'hC9: decmult_13 = 8'hD2;
				8'hCA: decmult_13 = 8'hC5;
				8'hCB: decmult_13 = 8'hC8;
				8'hCC: decmult_13 = 8'hEB;
				8'hCD: decmult_13 = 8'hE6;
				8'hCE: decmult_13 = 8'hF1;
				8'hCF: decmult_13 = 8'hFC;
				8'hD0: decmult_13 = 8'h67;
				8'hD1: decmult_13 = 8'h6A;
				8'hD2: decmult_13 = 8'h7D;
				8'hD3: decmult_13 = 8'h70;
				8'hD4: decmult_13 = 8'h53;
				8'hD5: decmult_13 = 8'h5E;
				8'hD6: decmult_13 = 8'h49;
				8'hD7: decmult_13 = 8'h44;
				8'hD8: decmult_13 = 8'h0F;
				8'hD9: decmult_13 = 8'h02;
				8'hDA: decmult_13 = 8'h15;
				8'hDB: decmult_13 = 8'h18;
				8'hDC: decmult_13 = 8'h3B;
				8'hDD: decmult_13 = 8'h36;
				8'hDE: decmult_13 = 8'h21;
				8'hDF: decmult_13 = 8'h2C;
				8'hE0: decmult_13 = 8'h0C;
				8'hE1: decmult_13 = 8'h01;
				8'hE2: decmult_13 = 8'h16;
				8'hE3: decmult_13 = 8'h1B;
				8'hE4: decmult_13 = 8'h38;
				8'hE5: decmult_13 = 8'h35;
				8'hE6: decmult_13 = 8'h22;
				8'hE7: decmult_13 = 8'h2F;
				8'hE8: decmult_13 = 8'h64;
				8'hE9: decmult_13 = 8'h69;
				8'hEA: decmult_13 = 8'h7E;
				8'hEB: decmult_13 = 8'h73;
				8'hEC: decmult_13 = 8'h50;
				8'hED: decmult_13 = 8'h5D;
				8'hEE: decmult_13 = 8'h4A;
				8'hEF: decmult_13 = 8'h47;
				8'hF0: decmult_13 = 8'hDC;
				8'hF1: decmult_13 = 8'hD1;
				8'hF2: decmult_13 = 8'hC6;
				8'hF3: decmult_13 = 8'hCB;
				8'hF4: decmult_13 = 8'hE8;
				8'hF5: decmult_13 = 8'hE5;
				8'hF6: decmult_13 = 8'hF2;
				8'hF7: decmult_13 = 8'hFF;
				8'hF8: decmult_13 = 8'hB4;
				8'hF9: decmult_13 = 8'hB9;
				8'hFA: decmult_13 = 8'hAE;
				8'hFB: decmult_13 = 8'hA3;
				8'hFC: decmult_13 = 8'h80;
				8'hFD: decmult_13 = 8'h8D;
				8'hFE: decmult_13 = 8'h9A;
				8'hFF: decmult_13 = 8'h97;
		  endcase
	 endfunction
	 
	 //function holding case statement multiply by 14
	 function [7:0] decmult_14(input [7:0] num);
		  case (num)
				8'h00: decmult_14 = 8'h00;
				8'h01: decmult_14 = 8'h0E;
				8'h02: decmult_14 = 8'h1C;
				8'h03: decmult_14 = 8'h12;
				8'h04: decmult_14 = 8'h38;
				8'h05: decmult_14 = 8'h36;
				8'h06: decmult_14 = 8'h24;
				8'h07: decmult_14 = 8'h2A;
				8'h08: decmult_14 = 8'h70;
				8'h09: decmult_14 = 8'h7E;
				8'h0A: decmult_14 = 8'h6C;
				8'h0B: decmult_14 = 8'h62;
				8'h0C: decmult_14 = 8'h48;
				8'h0D: decmult_14 = 8'h46;
				8'h0E: decmult_14 = 8'h54;
				8'h0F: decmult_14 = 8'h5A;
				8'h10: decmult_14 = 8'hE0;
				8'h11: decmult_14 = 8'hEE;
				8'h12: decmult_14 = 8'hFC;
				8'h13: decmult_14 = 8'hF2;
				8'h14: decmult_14 = 8'hD8;
				8'h15: decmult_14 = 8'hD6;
				8'h16: decmult_14 = 8'hC4;
				8'h17: decmult_14 = 8'hCA;
				8'h18: decmult_14 = 8'h90;
				8'h19: decmult_14 = 8'h9E;
				8'h1A: decmult_14 = 8'h8C;
				8'h1B: decmult_14 = 8'h82;
				8'h1C: decmult_14 = 8'hA8;
				8'h1D: decmult_14 = 8'hA6;
				8'h1E: decmult_14 = 8'hB4;
				8'h1F: decmult_14 = 8'hBA;
				8'h20: decmult_14 = 8'hDB;
				8'h21: decmult_14 = 8'hD5;
				8'h22: decmult_14 = 8'hC7;
				8'h23: decmult_14 = 8'hC9;
				8'h24: decmult_14 = 8'hE3;
				8'h25: decmult_14 = 8'hED;
				8'h26: decmult_14 = 8'hFF;
				8'h27: decmult_14 = 8'hF1;
				8'h28: decmult_14 = 8'hAB;
				8'h29: decmult_14 = 8'hA5;
				8'h2A: decmult_14 = 8'hB7;
				8'h2B: decmult_14 = 8'hB9;
				8'h2C: decmult_14 = 8'h93;
				8'h2D: decmult_14 = 8'h9D;
				8'h2E: decmult_14 = 8'h8F;
				8'h2F: decmult_14 = 8'h81;
				8'h30: decmult_14 = 8'h3B;
				8'h31: decmult_14 = 8'h35;
				8'h32: decmult_14 = 8'h27;
				8'h33: decmult_14 = 8'h29;
				8'h34: decmult_14 = 8'h03;
				8'h35: decmult_14 = 8'h0D;
				8'h36: decmult_14 = 8'h1F;
				8'h37: decmult_14 = 8'h11;
				8'h38: decmult_14 = 8'h4B;
				8'h39: decmult_14 = 8'h45;
				8'h3A: decmult_14 = 8'h57;
				8'h3B: decmult_14 = 8'h59;
				8'h3C: decmult_14 = 8'h73;
				8'h3D: decmult_14 = 8'h7D;
				8'h3E: decmult_14 = 8'h6F;
				8'h3F: decmult_14 = 8'h61;
				8'h40: decmult_14 = 8'hAD;
				8'h41: decmult_14 = 8'hA3;
				8'h42: decmult_14 = 8'hB1;
				8'h43: decmult_14 = 8'hBF;
				8'h44: decmult_14 = 8'h95;
				8'h45: decmult_14 = 8'h9B;
				8'h46: decmult_14 = 8'h89;
				8'h47: decmult_14 = 8'h87;
				8'h48: decmult_14 = 8'hDD;
				8'h49: decmult_14 = 8'hD3;
				8'h4A: decmult_14 = 8'hC1;
				8'h4B: decmult_14 = 8'hCF;
				8'h4C: decmult_14 = 8'hE5;
				8'h4D: decmult_14 = 8'hEB;
				8'h4E: decmult_14 = 8'hF9;
				8'h4F: decmult_14 = 8'hF7;
				8'h50: decmult_14 = 8'h4D;
				8'h51: decmult_14 = 8'h43;
				8'h52: decmult_14 = 8'h51;
				8'h53: decmult_14 = 8'h5F;
				8'h54: decmult_14 = 8'h75;
				8'h55: decmult_14 = 8'h7B;
				8'h56: decmult_14 = 8'h69;
				8'h57: decmult_14 = 8'h67;
				8'h58: decmult_14 = 8'h3D;
				8'h59: decmult_14 = 8'h33;
				8'h5A: decmult_14 = 8'h21;
				8'h5B: decmult_14 = 8'h2F;
				8'h5C: decmult_14 = 8'h05;
				8'h5D: decmult_14 = 8'h0B;
				8'h5E: decmult_14 = 8'h19;
				8'h5F: decmult_14 = 8'h17;
				8'h60: decmult_14 = 8'h76;
				8'h61: decmult_14 = 8'h78;
				8'h62: decmult_14 = 8'h6A;
				8'h63: decmult_14 = 8'h64;
				8'h64: decmult_14 = 8'h4E;
				8'h65: decmult_14 = 8'h40;
				8'h66: decmult_14 = 8'h52;
				8'h67: decmult_14 = 8'h5C;
				8'h68: decmult_14 = 8'h06;
				8'h69: decmult_14 = 8'h08;
				8'h6A: decmult_14 = 8'h1A;
				8'h6B: decmult_14 = 8'h14;
				8'h6C: decmult_14 = 8'h3E;
				8'h6D: decmult_14 = 8'h30;
				8'h6E: decmult_14 = 8'h22;
				8'h6F: decmult_14 = 8'h2C;
				8'h70: decmult_14 = 8'h96;
				8'h71: decmult_14 = 8'h98;
				8'h72: decmult_14 = 8'h8A;
				8'h73: decmult_14 = 8'h84;
				8'h74: decmult_14 = 8'hAE;
				8'h75: decmult_14 = 8'hA0;
				8'h76: decmult_14 = 8'hB2;
				8'h77: decmult_14 = 8'hBC;
				8'h78: decmult_14 = 8'hE6;
				8'h79: decmult_14 = 8'hE8;
				8'h7A: decmult_14 = 8'hFA;
				8'h7B: decmult_14 = 8'hF4;
				8'h7C: decmult_14 = 8'hDE;
				8'h7D: decmult_14 = 8'hD0;
				8'h7E: decmult_14 = 8'hC2;
				8'h7F: decmult_14 = 8'hCC;
				8'h80: decmult_14 = 8'h41;
				8'h81: decmult_14 = 8'h4F;
				8'h82: decmult_14 = 8'h5D;
				8'h83: decmult_14 = 8'h53;
				8'h84: decmult_14 = 8'h79;
				8'h85: decmult_14 = 8'h77;
				8'h86: decmult_14 = 8'h65;
				8'h87: decmult_14 = 8'h6B;
				8'h88: decmult_14 = 8'h31;
				8'h89: decmult_14 = 8'h3F;
				8'h8A: decmult_14 = 8'h2D;
				8'h8B: decmult_14 = 8'h23;
				8'h8C: decmult_14 = 8'h09;
				8'h8D: decmult_14 = 8'h07;
				8'h8E: decmult_14 = 8'h15;
				8'h8F: decmult_14 = 8'h1B;
				8'h90: decmult_14 = 8'hA1;
				8'h91: decmult_14 = 8'hAF;
				8'h92: decmult_14 = 8'hBD;
				8'h93: decmult_14 = 8'hB3;
				8'h94: decmult_14 = 8'h99;
				8'h95: decmult_14 = 8'h97;
				8'h96: decmult_14 = 8'h85;
				8'h97: decmult_14 = 8'h8B;
				8'h98: decmult_14 = 8'hD1;
				8'h99: decmult_14 = 8'hDF;
				8'h9A: decmult_14 = 8'hCD;
				8'h9B: decmult_14 = 8'hC3;
				8'h9C: decmult_14 = 8'hE9;
				8'h9D: decmult_14 = 8'hE7;
				8'h9E: decmult_14 = 8'hF5;
				8'h9F: decmult_14 = 8'hFB;
				8'hA0: decmult_14 = 8'h9A;
				8'hA1: decmult_14 = 8'h94;
				8'hA2: decmult_14 = 8'h86;
				8'hA3: decmult_14 = 8'h88;
				8'hA4: decmult_14 = 8'hA2;
				8'hA5: decmult_14 = 8'hAC;
				8'hA6: decmult_14 = 8'hBE;
				8'hA7: decmult_14 = 8'hB0;
				8'hA8: decmult_14 = 8'hEA;
				8'hA9: decmult_14 = 8'hE4;
				8'hAA: decmult_14 = 8'hF6;
				8'hAB: decmult_14 = 8'hF8;
				8'hAC: decmult_14 = 8'hD2;
				8'hAD: decmult_14 = 8'hDC;
				8'hAE: decmult_14 = 8'hCE;
				8'hAF: decmult_14 = 8'hC0;
				8'hB0: decmult_14 = 8'h7A;
				8'hB1: decmult_14 = 8'h74;
				8'hB2: decmult_14 = 8'h66;
				8'hB3: decmult_14 = 8'h68;
				8'hB4: decmult_14 = 8'h42;
				8'hB5: decmult_14 = 8'h4C;
				8'hB6: decmult_14 = 8'h5E;
				8'hB7: decmult_14 = 8'h50;
				8'hB8: decmult_14 = 8'h0A;
				8'hB9: decmult_14 = 8'h04;
				8'hBA: decmult_14 = 8'h16;
				8'hBB: decmult_14 = 8'h18;
				8'hBC: decmult_14 = 8'h32;
				8'hBD: decmult_14 = 8'h3C;
				8'hBE: decmult_14 = 8'h2E;
				8'hBF: decmult_14 = 8'h20;
				8'hC0: decmult_14 = 8'hEC;
				8'hC1: decmult_14 = 8'hE2;
				8'hC2: decmult_14 = 8'hF0;
				8'hC3: decmult_14 = 8'hFE;
				8'hC4: decmult_14 = 8'hD4;
				8'hC5: decmult_14 = 8'hDA;
				8'hC6: decmult_14 = 8'hC8;
				8'hC7: decmult_14 = 8'hC6;
				8'hC8: decmult_14 = 8'h9C;
				8'hC9: decmult_14 = 8'h92;
				8'hCA: decmult_14 = 8'h80;
				8'hCB: decmult_14 = 8'h8E;
				8'hCC: decmult_14 = 8'hA4;
				8'hCD: decmult_14 = 8'hAA;
				8'hCE: decmult_14 = 8'hB8;
				8'hCF: decmult_14 = 8'hB6;
				8'hD0: decmult_14 = 8'h0C;
				8'hD1: decmult_14 = 8'h02;
				8'hD2: decmult_14 = 8'h10;
				8'hD3: decmult_14 = 8'h1E;
				8'hD4: decmult_14 = 8'h34;
				8'hD5: decmult_14 = 8'h3A;
				8'hD6: decmult_14 = 8'h28;
				8'hD7: decmult_14 = 8'h26;
				8'hD8: decmult_14 = 8'h7C;
				8'hD9: decmult_14 = 8'h72;
				8'hDA: decmult_14 = 8'h60;
				8'hDB: decmult_14 = 8'h6E;
				8'hDC: decmult_14 = 8'h44;
				8'hDD: decmult_14 = 8'h4A;
				8'hDE: decmult_14 = 8'h58;
				8'hDF: decmult_14 = 8'h56;
				8'hE0: decmult_14 = 8'h37;
				8'hE1: decmult_14 = 8'h39;
				8'hE2: decmult_14 = 8'h2B;
				8'hE3: decmult_14 = 8'h25;
				8'hE4: decmult_14 = 8'h0F;
				8'hE5: decmult_14 = 8'h01;
				8'hE6: decmult_14 = 8'h13;
				8'hE7: decmult_14 = 8'h1D;
				8'hE8: decmult_14 = 8'h47;
				8'hE9: decmult_14 = 8'h49;
				8'hEA: decmult_14 = 8'h5B;
				8'hEB: decmult_14 = 8'h55;
				8'hEC: decmult_14 = 8'h7F;
				8'hED: decmult_14 = 8'h71;
				8'hEE: decmult_14 = 8'h63;
				8'hEF: decmult_14 = 8'h6D;
				8'hF0: decmult_14 = 8'hD7;
				8'hF1: decmult_14 = 8'hD9;
				8'hF2: decmult_14 = 8'hCB;
				8'hF3: decmult_14 = 8'hC5;
				8'hF4: decmult_14 = 8'hEF;
				8'hF5: decmult_14 = 8'hE1;
				8'hF6: decmult_14 = 8'hF3;
				8'hF7: decmult_14 = 8'hFD;
				8'hF8: decmult_14 = 8'hA7;
				8'hF9: decmult_14 = 8'hA9;
				8'hFA: decmult_14 = 8'hBB;
				8'hFB: decmult_14 = 8'hB5;
				8'hFC: decmult_14 = 8'h9F;
				8'hFD: decmult_14 = 8'h91;
				8'hFE: decmult_14 = 8'h83;
				8'hFF: decmult_14 = 8'h8D;
		  endcase
	 endfunction
endmodule